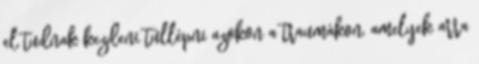
el tudnak kezdeni túllépni azokon a traumákon, amelyek arra